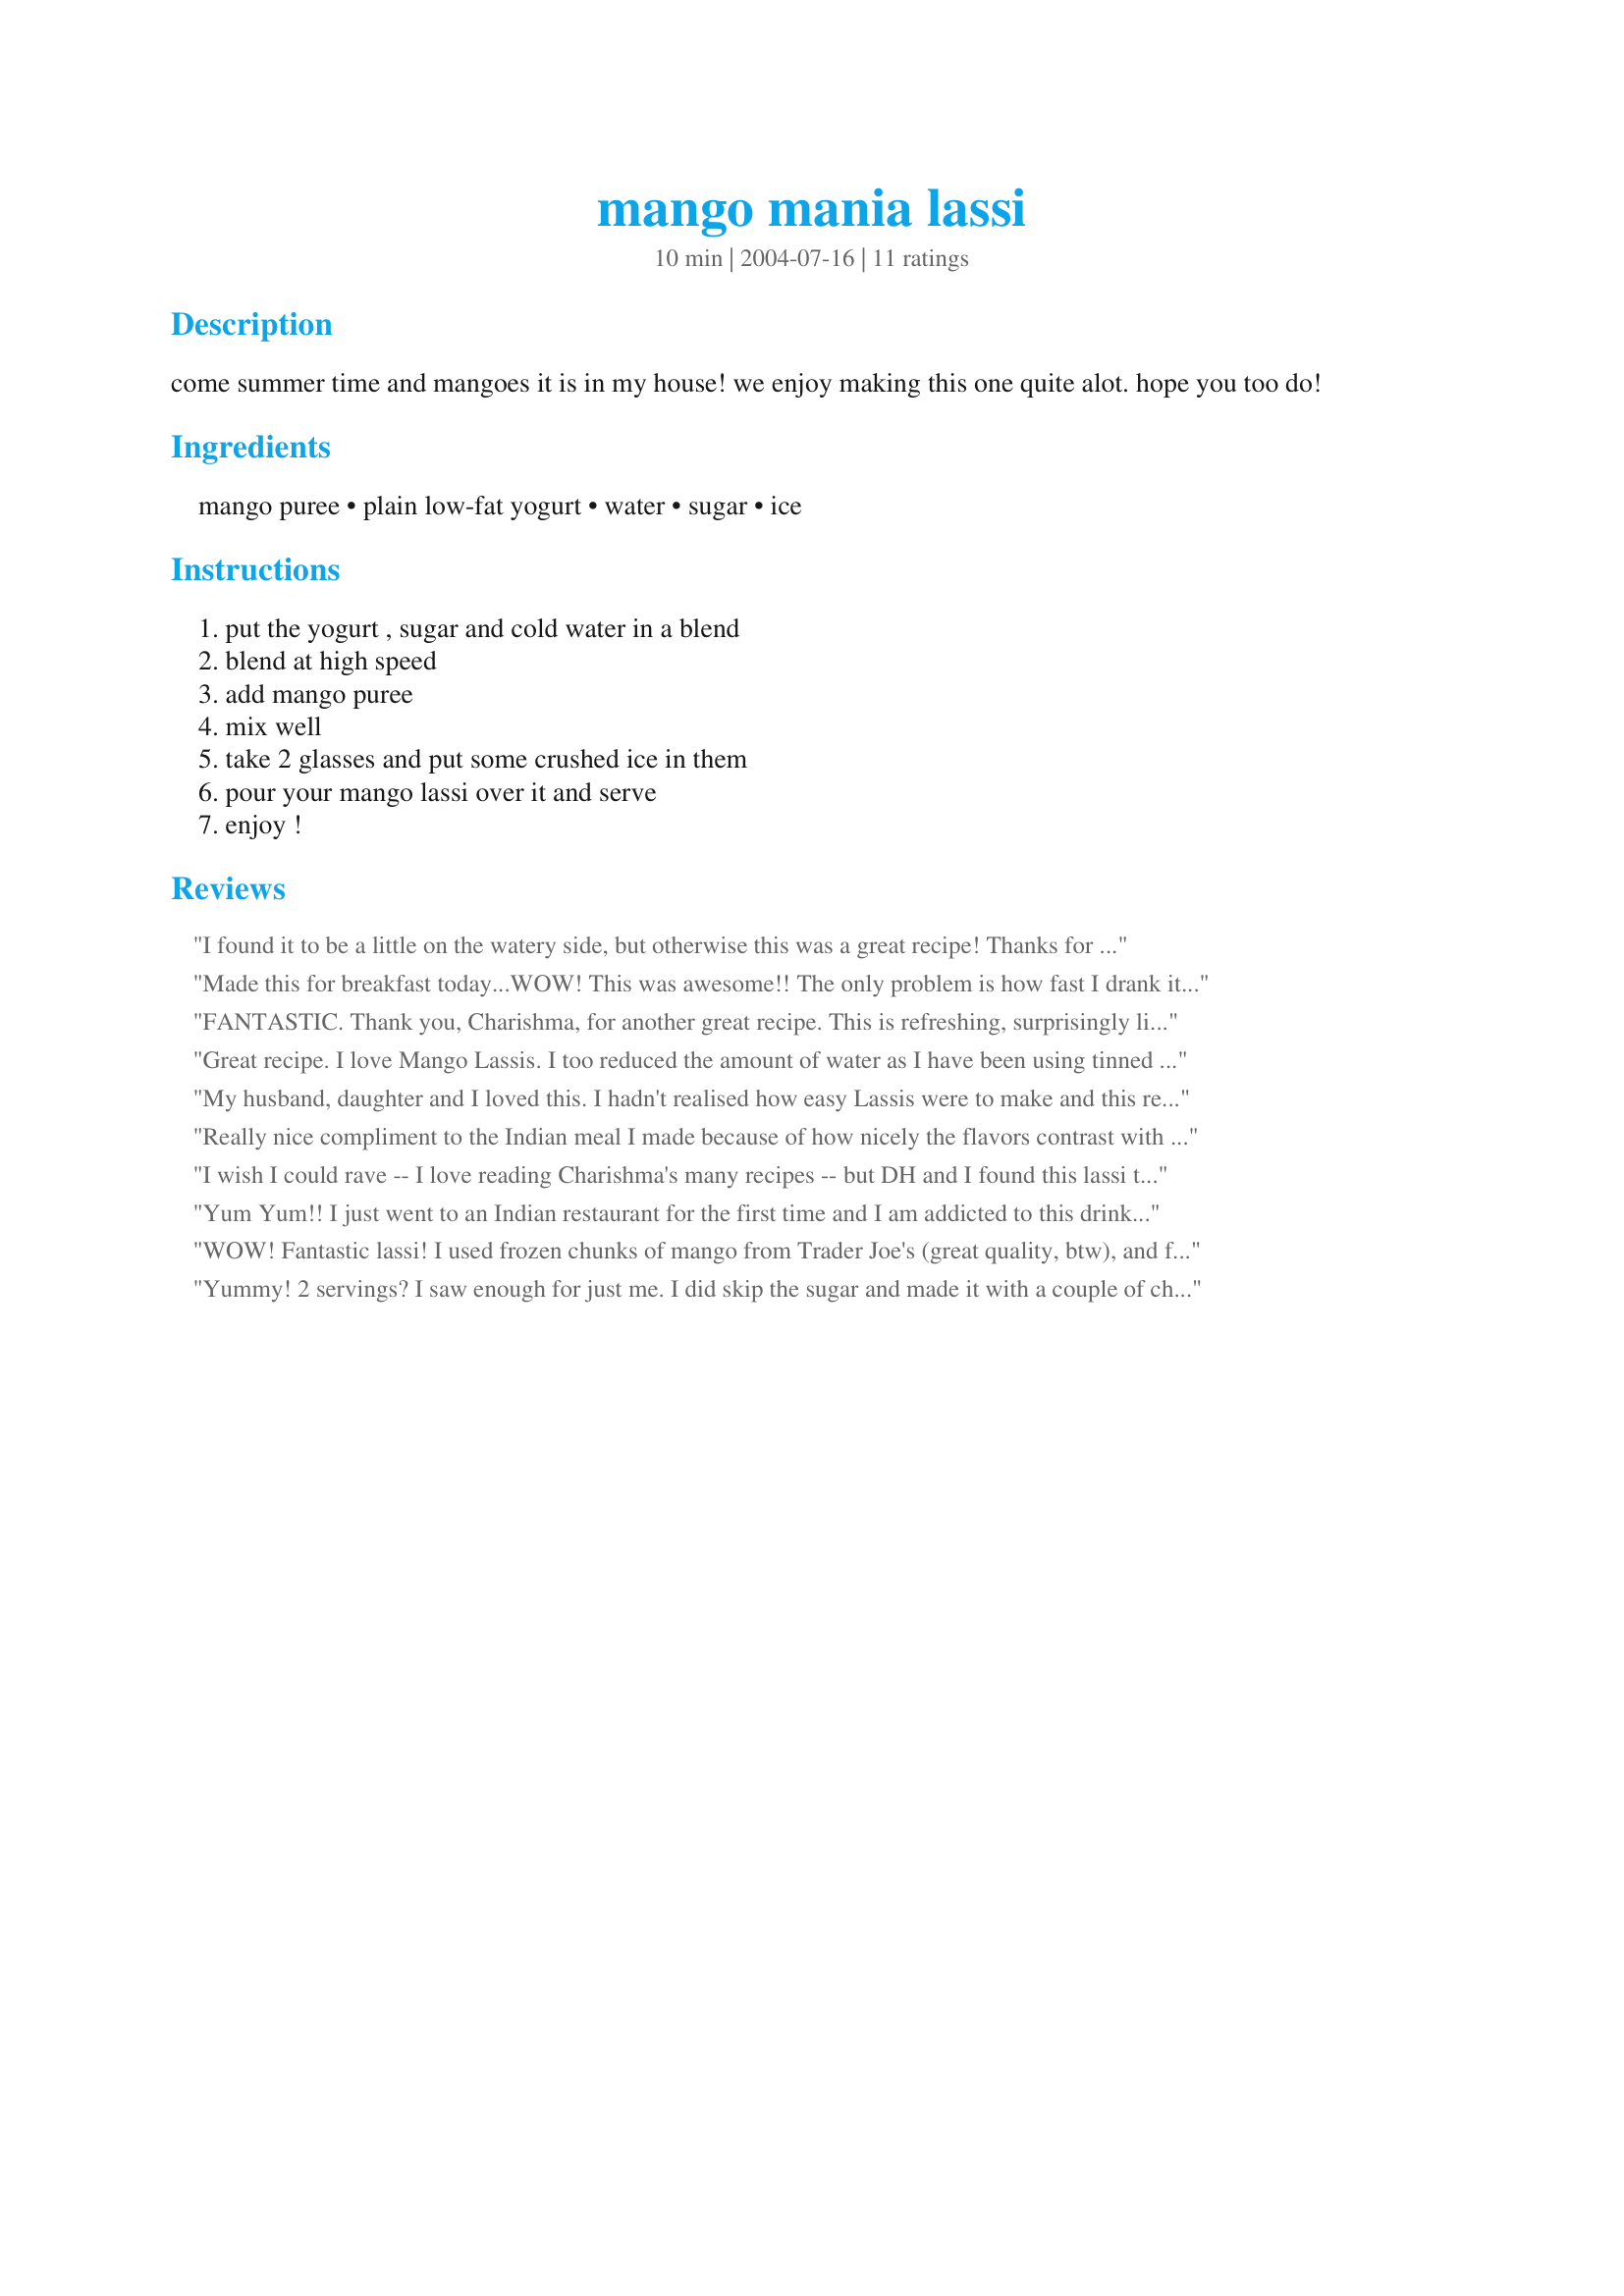
mango mania lassi
Preparation time: 10 minutes

come summer time and mangoes it is in my house! we enjoy making this one quite alot. hope you too do!

Ingredients:
mango puree, plain low-fat yogurt, water, sugar, ice

Steps:
put the yogurt , sugar and cold water in a blend, blend at high speed, add mango puree, mix well, take 2 glasses and put some crushed ice in them, pour your mango lassi over it and serve, enjoy !

Reviews:
I found it to be a little on the watery side, but otherwise this was a great recipe! Thanks for sharing!
Made this for breakfast today...WOW! This was awesome!! The only problem is how fast I drank it..LOL I added some sliced Nectarines, and strawberries on top. This was great. Thanx for a keeper!
~Little Italy~

FANTASTIC. Thank you, Charishma, for another great recipe.

This is refreshing, surprisingly light and very, very tasty. An excellent accompaniment to a spicy meal, as a breakfast or lunch or as a treat. I HIGHLY recommend you try this recipe.
Great recipe. I love Mango Lassis. I too reduced the amount of water as I have been using tinned mangoes which are juicier. Thanks for such as easy and yummy recipe.
My husband, daughter and I loved this. I hadn't realised how easy Lassis were to make and this recipe was easy. And tasty. Now I just need to get a blender instead of using my processor....
Really nice compliment to the Indian meal I made because of how nicely the flavors contrast with the spiciness. This would also be excellent even just on a hot day for a nice refreshing drink.

I used fresh mango that could have been a little sweeter if it was riper, but I still liked it. I had half one night, kept it in the fridge and then added a few ice cubes the second night and re-blended it to give it a little thickness, and I think I enjoyed that more. Adding the ice also stretches it out a little more, too.

Thank you for a great recipe!
I wish I could rave -- I love reading Charishma's many recipes -- but DH and I found this lassi too watery with even just 2 cups of water. 1 cup is preferable to us. Maybe fresh mango bulks it up more? My lassi didn't look half as thick as the one in Sandi's photo.
Yum Yum!! I just went to an Indian restaurant for the first time and I am addicted to this drink. I also added Mango Rum!!! Delish!
WOW! Fantastic lassi! I used frozen chunks of mango from Trader Joe's (great quality, btw), and full-fat Fage yogurt also from TJ's. I'm sure low or non-fat would be just fine, but I was feeling decadent for a minute. ;) I also halved the sugar for our tastes and they turned out just perfectly. I served them in rolled up ceramic newspaper cones intended for french fries. *lol* Thanks for a great recipe, Charishma!
Yummy! 2 servings? I saw enough for just me. I did skip the sugar and made it with a couple of cherries. I blended it with ice cubes. These are quite refreshing and healthy besides they taste great!
It seems the secret ingredient is water. This drink has the fresh, tangy flavors of mango and yogurt without the thick texture. The ice cools it even further. This would be great for a hot day.
